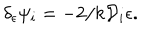
LaTeX: \delta _ { \epsilon } \psi _ { i } = - 2 / k { \cal D } _ { i } \epsilon .